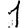
Digit: 1